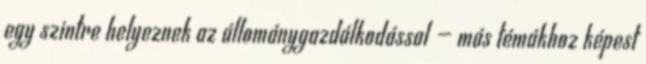
egy szintre helyeznek az állománygazdálkodással — más témákhoz képest